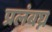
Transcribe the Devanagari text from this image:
प्रलंबघ्न